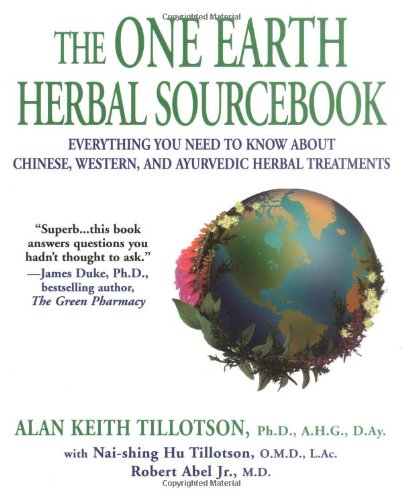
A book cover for The One Earth Herbal Sourcebook: Everything You Need to Know About Chinese, Western, and Ayurvedic Herbal Treatm ents; Alan Keith Tillotson Ph.D.; Health, Fitness & Dieting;